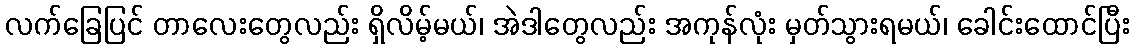
လက်ခြေပြင် တာလေးတွေလည်း ရှိလိမ့်မယ်၊ အဲဒါတွေလည်း အကုန်လုံး မှတ်သွားရမယ်၊ ခေါင်းထောင်ပြီး